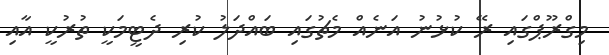
މިގްރޫޕްގައި ރޭ ކުޅުނު އަނެއް މެޗުގައި ބައްދަލު ކުރި ދެޓީމަކީ ތުރުކީ އާއި